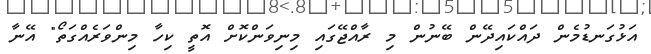
އަޅުގަނޑުމެން ދައްކައިދޭން ބޭނުން މި ރާއްޖޭގައި މިނިވަންކޮށް އޮތީ ކިހާ މިންވަރެއްގަތޯ" އޭނާ